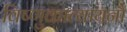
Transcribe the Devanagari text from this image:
विष्णुकात्यायनौ